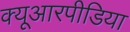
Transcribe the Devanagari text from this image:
क्यूआरपीडिया